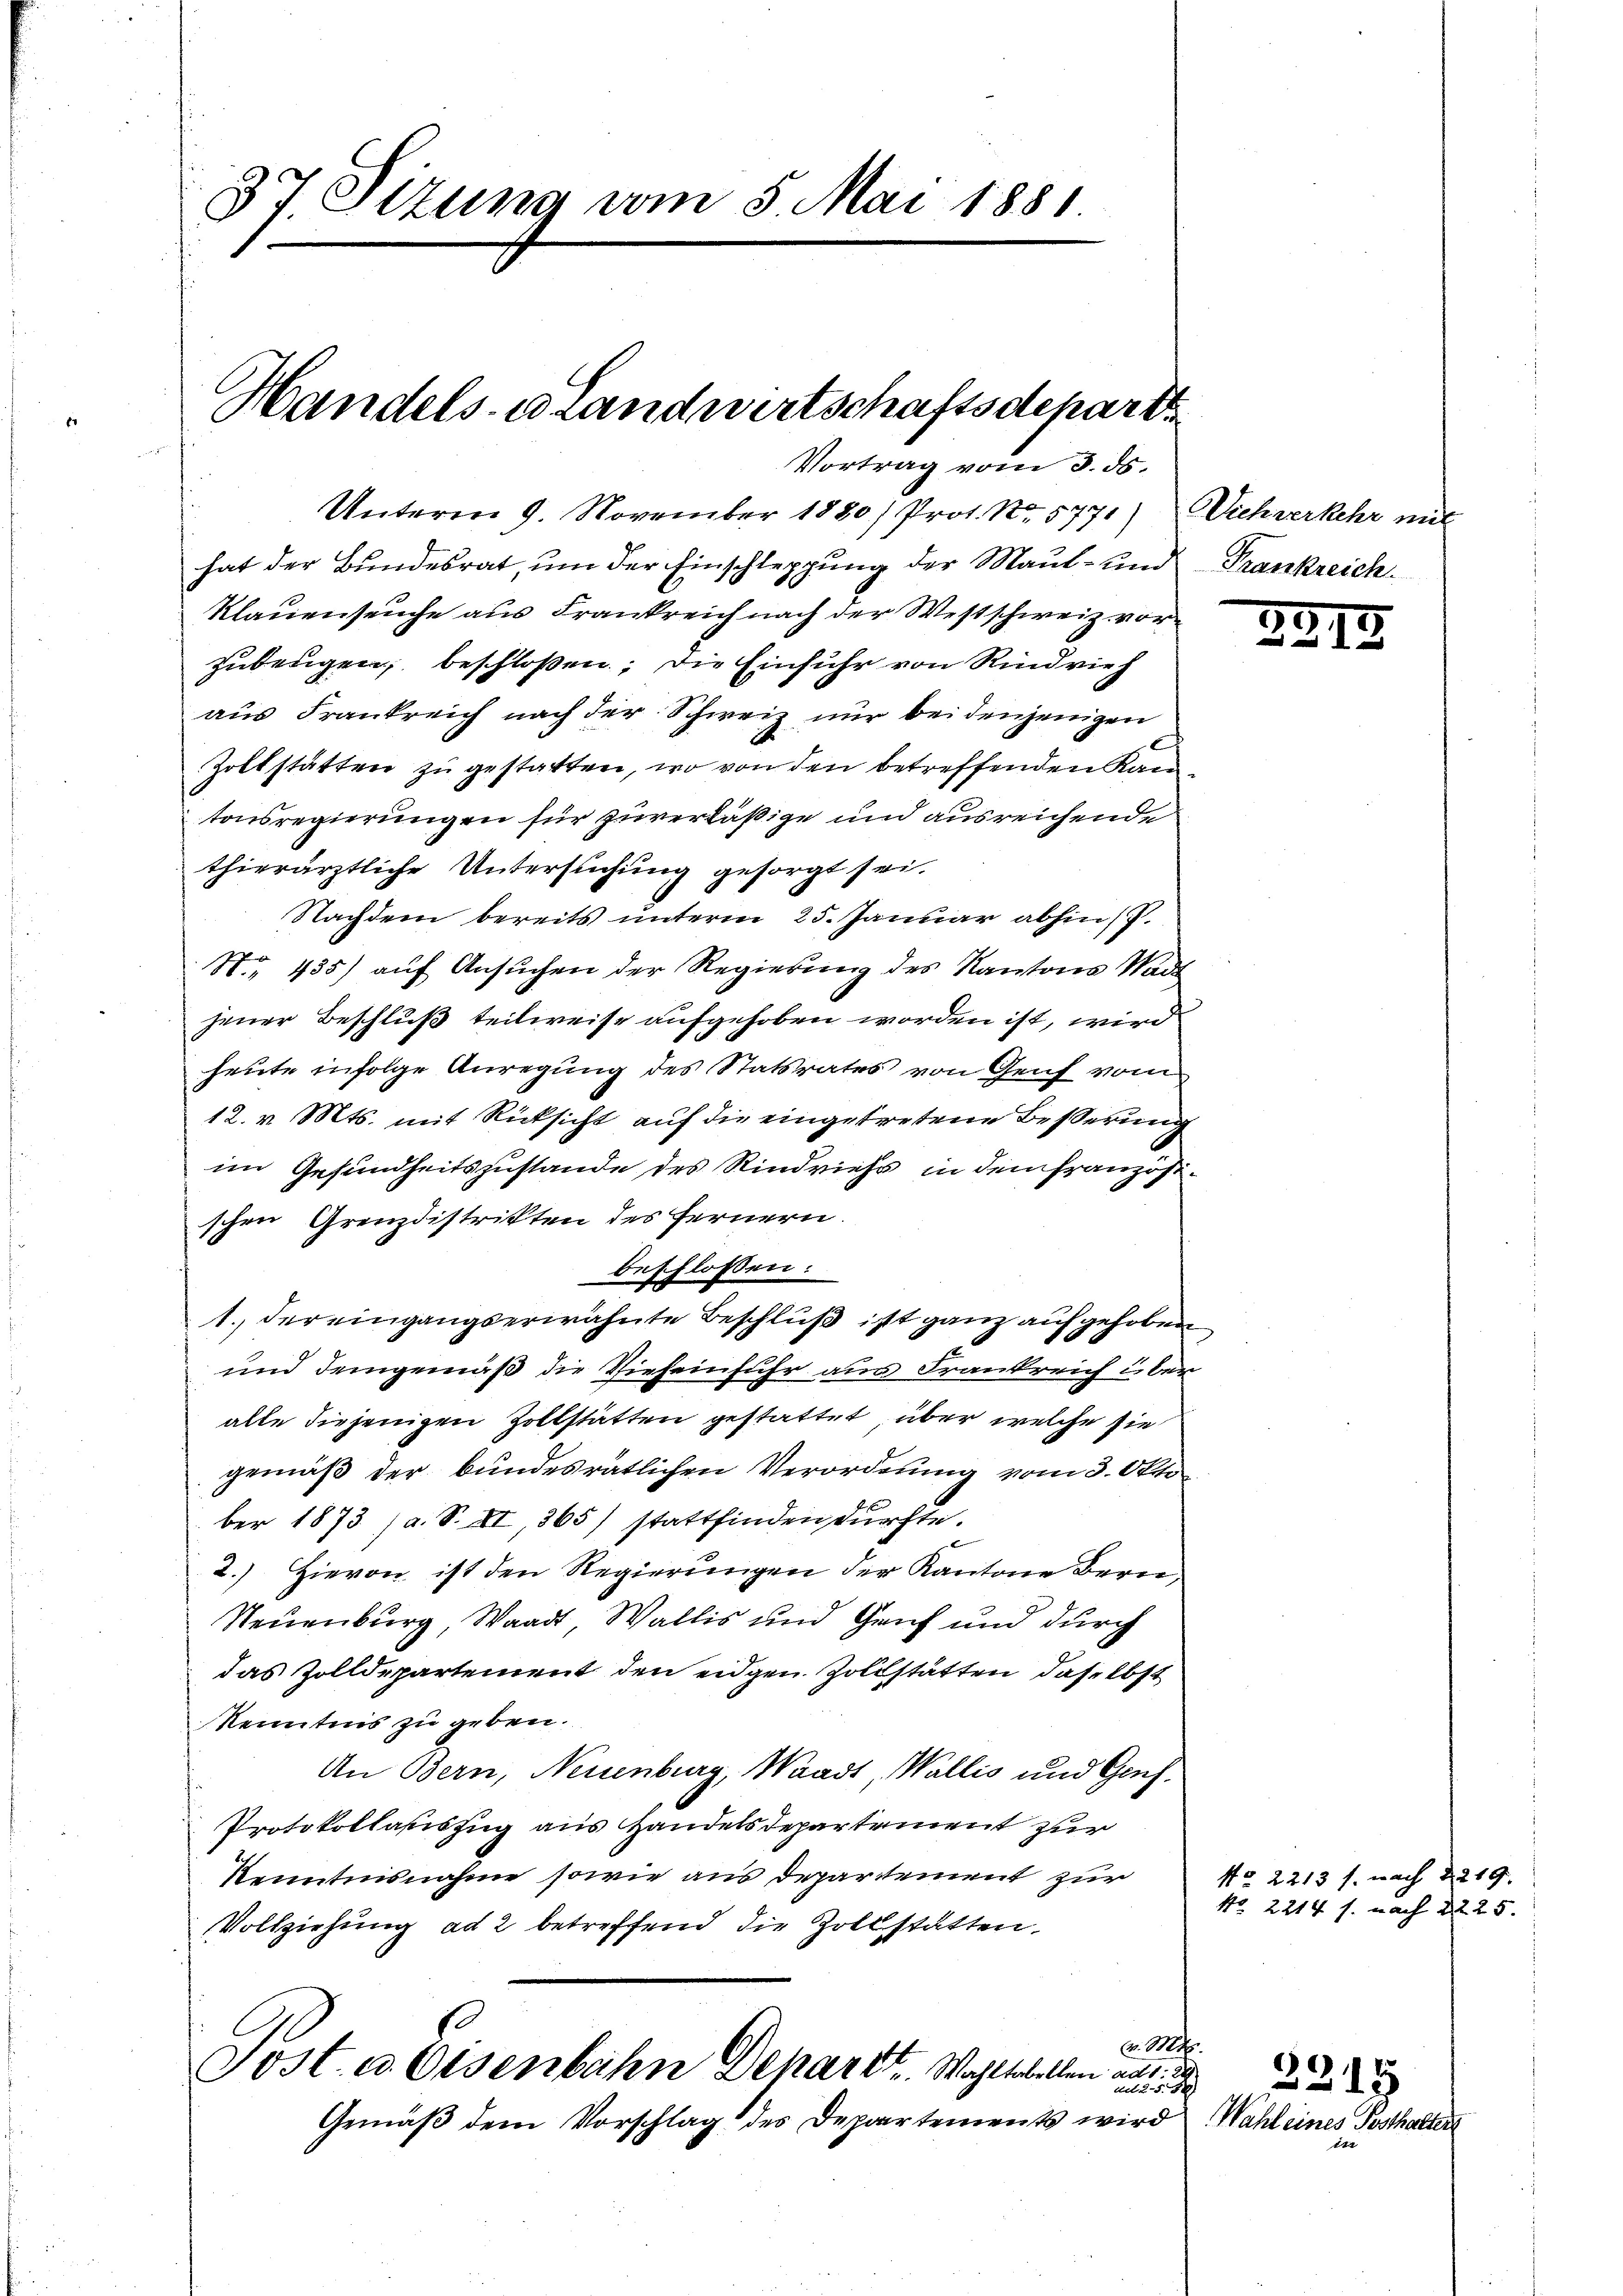
3t Etzung vom 5. Mai 1881.

Handels-Brandwirtschaftsdepart

Unterm 9. November 1880) Prof. No. 5771) Viehverkehr mit
hat der Bundesrat, um der Einschleppung der Maul- und Frankreich¬
Klauenseuche aus Frankreich nach der Westschweiz vor
zubeugen, beschloßen, die Einfuhr von Rindvieh
aus Frankreich nach der Schweiz nur bei denjenigen
Zoltstätten zu gestatten, wo von den betreffenden Kantonsregierungen für zuverläßige und ausreichende
thierärztliche Untersuchung gesorgt sei.
Nachdem bereits unterm 25. Januar abhin
N.. 435) aŭf Ansŭchen der Regierŭng des Kantons Stadt
jener Beschluß teilweise aufgehoben worden ist, wird
heute infolge Anregung des Statsrates von Genf vom
12. v. Mts. mit Rücksicht auf die eingetretene Besserung
im Gesundheitszustande des Rindviehs in dem französischen Grenzdistrikten des Fernern.
beschlossen:
1. der eingangserwähnte Beschluß ist ganz aufgehoben
und demgemäß die Vieheinfuhr aus Frankreich über
alte diejenigen Zollstatten gestattet über welche sie
gemäß der bundesrätlichen Verordnung vom 3. Oktober 1873 (a. S. XI, 365) stattfinden dürfte.
2.) Hievon ist den Regierungen der Kantone Bern,
Neuenburg, Waadt, Wallis und Genf und durch
das Zolldepartement den eidgen Zollstätten, daselbst
Kenntnis zu geben.
An Bern, Neuenburg, Waadt, Wallis und Genf.
Protokollauszug aus Handelsdepartement zur
Kenntnisnahme sowie aus Departement zur
Vollziehung ad 2 betreffend die Zollstätten.
.
v. Mohr.
Post. a. Eisenbahn Deharzt. Wohltobellen aus d
u 258
Gemäß dem Vorschlag des Departements wird

Vortrag vom 3. ds.

39.

No. 2213 f. nach 2219.
No. 2214 s. nach § 225.

Wahl eines Posthalten

3218